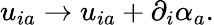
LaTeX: u_{ia}\rightarrow u_{ia}+\partial_{i}\alpha_{a}.